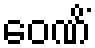
ဝေဏိံ